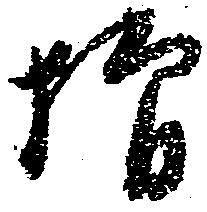
増